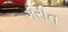
ગરીન